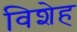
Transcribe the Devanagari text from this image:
विशेह